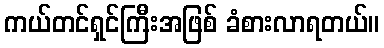
ကယ်တင်ရှင်ကြီးအဖြစ် ခံစားလာရတယ်။